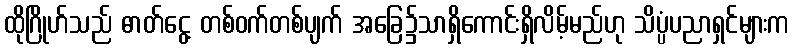
ထိုဂြိုဟ်သည် ဓာတ်ငွေ့ တစ်ဝက်တစ်ပျက် အခြေ၌သာရှိကောင်းရှိလိမ့်မည်ဟု သိပ္ပံပညာရှင်များက